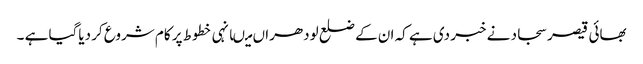
بھائی قیصر سجاد نے خبر دی ہے کہ ان کے ضلع لودھراں میںانہی خطوط پر کام شروع کر دیاگیا ہے ۔